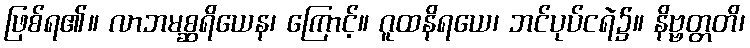
ဖြစ်ရ၏။ လာဘမစ္ဆရိယေန၊ ကြောင့်။ ဂူထနိရယေ၊ ဘင်ပုပ်ငရဲ၌။ နိဗ္ဗတ္တတိ၊